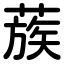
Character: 蔟